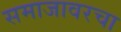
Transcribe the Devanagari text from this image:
समाजावरचा